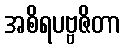
အစိရပဗ္ဗဇိတာ